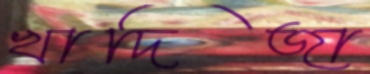
খাদিজা